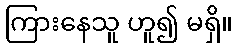
ကြားနေသူ ဟူ၍ မရှိ။